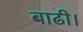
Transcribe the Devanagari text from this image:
बाढी।